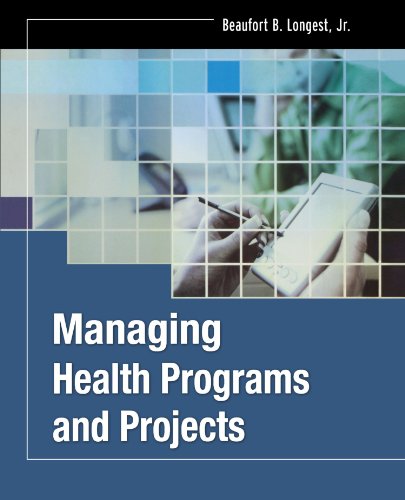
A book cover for Managing Health Programs and Projects; Beaufort B. Longest Jr.; Medical Books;